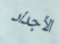
الأجداد